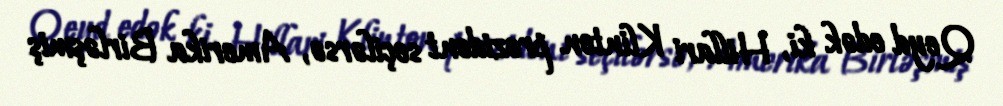
Qeyd edək ki, Hillari Klinton prezident seçilərsə, Amerika Birləşmiş